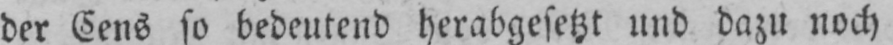
der Cens so bedeutend herabgesetzt und dazu noch